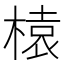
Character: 榬